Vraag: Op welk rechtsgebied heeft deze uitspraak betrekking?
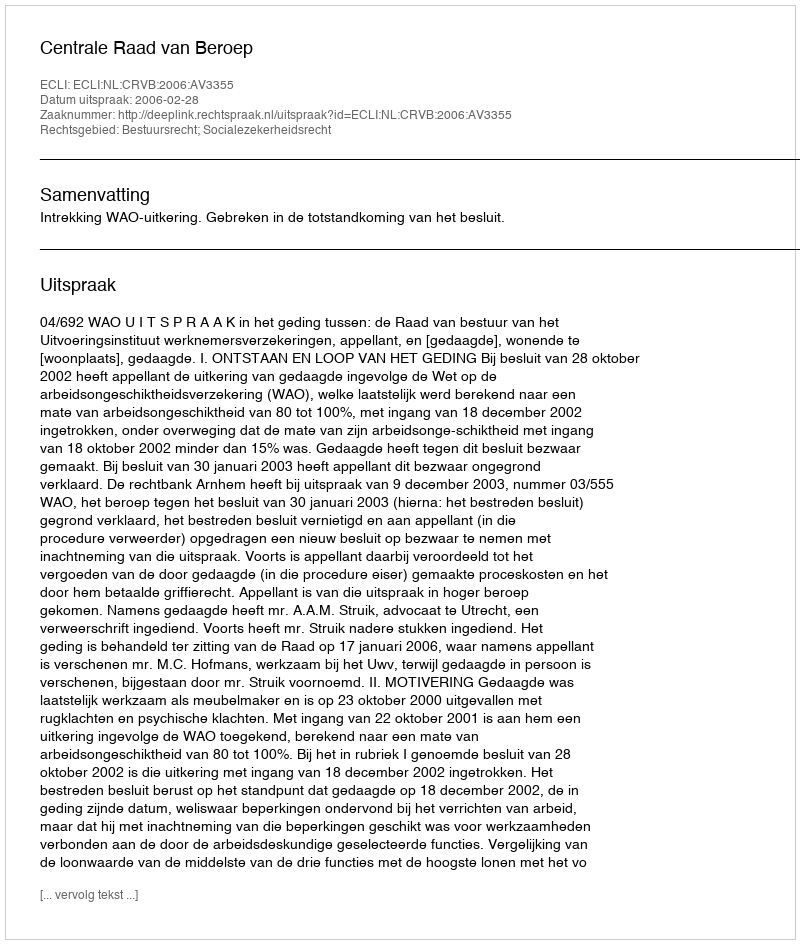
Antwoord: Bestuursrecht; Socialezekerheidsrecht